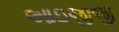
આઇજીજી